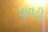
વાવડી